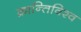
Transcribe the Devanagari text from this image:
क्रान्तिविश्व